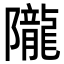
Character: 隴